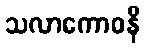
သလာကောဓနီ